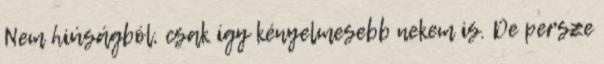
Nem hiúságból, csak így kényelmesebb nekem is. De persze